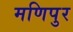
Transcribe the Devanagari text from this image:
मणिपुर